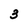
Character: 3